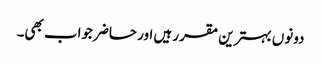
دونوں بہترین مقرر ہیں اور حاضر جواب بھی۔